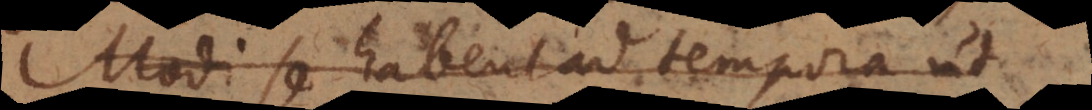
Modi se habent ad tempora ut